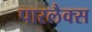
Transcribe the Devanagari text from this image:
पारलैक्स